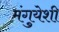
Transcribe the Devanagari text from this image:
मंगुयेशी